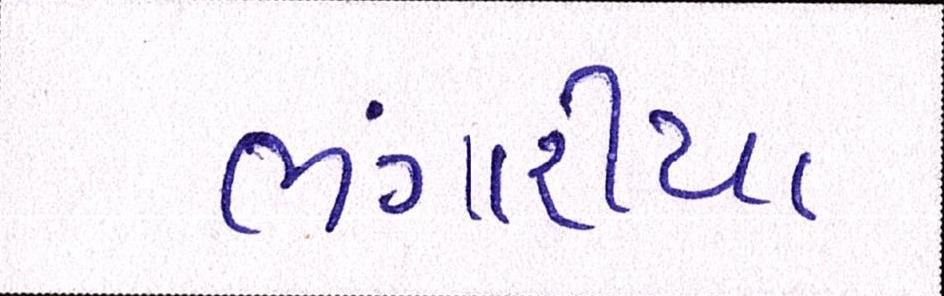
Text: ભંગારીયા